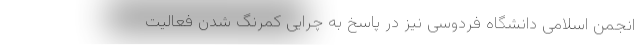
انجمن اسلامی دانشگاه فردوسی نیز در پاسخ به چرایی کمرنگ شدن فعالیت